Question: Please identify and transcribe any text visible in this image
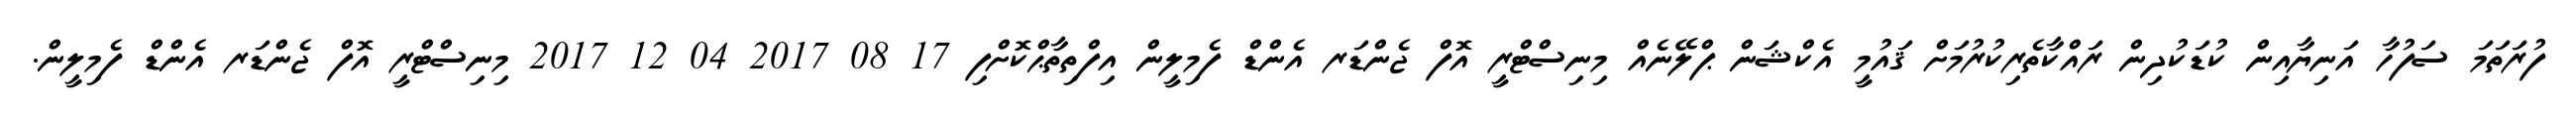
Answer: ފުރަތަމަ ސަފުހާ އަނިޔާއިން ކުޑަކުދިން ރައްކާތެރިކުރުމަށް ޤައުމީ އެކްޝަން ޕްލޭނެއް މިނިސްޓްރީ އޮފް ޖެންޑަރ އެންޑް ފެމިލީން އިފްތިތާޙްކޮށްފި 17 08 2017 04 12 2017 މިނިސްޓްރީ އޮފް ޖެންޑަރ އެންޑް ފެމިލީން.